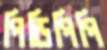
পিডিপিপি